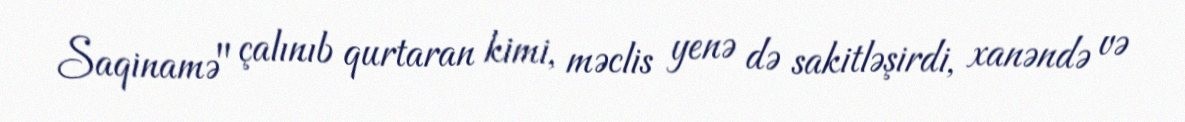
Saqinamə" çalınıb qurtaran kimi, məclis yenə də sakitləşirdi, xanəndə və